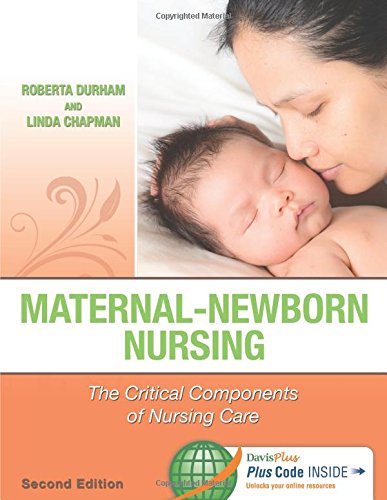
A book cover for Maternal-Newborn Nursing 2e: The Critical Components of Nursing Care; Roberta Durham RN  PhD; Parenting & Relationships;